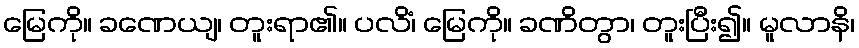
မြေကို။ ခဏေယျ၊ တူးရာ၏။ ပလိံ၊ မြေကို။ ခဏိတွာ၊ တူးပြီး၍။ မူလာနိ၊